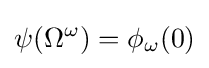
\psi (\Omega ^{\omega })=\phi _{\omega }(0)